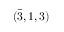
( { \bar { 3 } } , 1 , 3 )